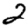
Digit: 2